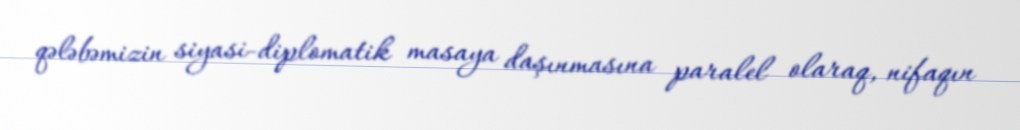
qələbəmizin siyasi-diplomatik masaya daşınmasına paralel olaraq, nifaqın